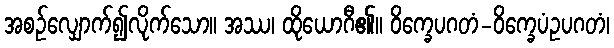
အစဉ်လျှောက်၍လိုက်သော။ အဿ၊ ထိုယောဂီ၏။ ဝိက္ခေပဂတံ-ဝိက္ခေပံဥပဂတံ၊